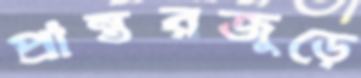
প্রান্তরজুড়ে